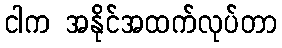
ငါက အနိုင်အထက်လုပ်တာ